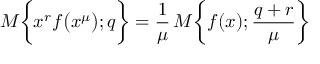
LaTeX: { \cal M } \bigg \{ x ^ { r } f \big ( x ^ { \mu } \big ) ; q \bigg \} = \frac { 1 } { \mu } \, { \cal M } \bigg \{ f ( x ) ; { \frac { q + r } { \mu } } \bigg \}